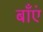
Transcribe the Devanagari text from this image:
बाँएं